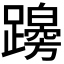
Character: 𨆭